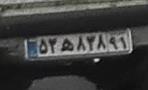
۵۳ه۸۳۸۹۱